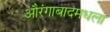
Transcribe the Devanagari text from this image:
औरंगाबादमधला